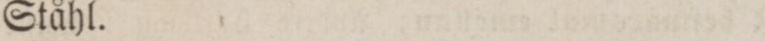
Ståhl.